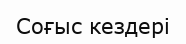
Соғыс кездері